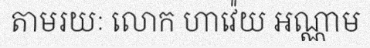
តាមរយៈ លោក ហាវ៉េយ អណ្ណាម